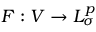
F : V \to L _ { \sigma } ^ { p }